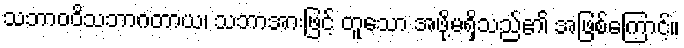
သဘာဝဝိသဘာဂတာယ၊ သဘာအားဖြင့် တူသော အဖို့မရှိသည်၏ အဖြစ်ကြောင့်။